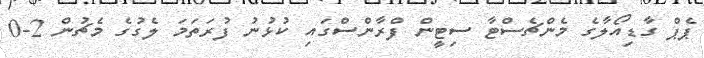
ޕެޕް ގާޑިއޯލާގެ މެންޗެސްޓާ ސިޓީން ފްރާންސްގައި ކުޅުނު ފުރަތަމަ ލެގުގެ މެޗުން 2-0